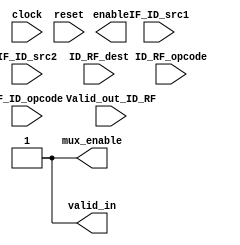
module load_RAW(IF_ID_src1,
IF_ID_src2,
ID_RF_opcode,
IF_ID_opcode,
ID_RF_dest,mux_enable,valid_in,
Valid_out_ID_RF,enable,
clock,
reset);


output reg  mux_enable;
output reg valid_in;
output reg enable;

input [2:0] IF_ID_src1, IF_ID_src2;
input [2:0] ID_RF_dest;
input [3:0] ID_RF_opcode, IF_ID_opcode;
input Valid_out_ID_RF;
input clock,reset;

always @(IF_ID_src1, IF_ID_src2, ID_RF_dest, ID_RF_opcode, IF_ID_opcode, 
Valid_out_ID_RF)

begin
case(ID_RF_opcode)
0100://LW
begin
if(((IF_ID_src1 == ID_RF_dest)  || (IF_ID_src2 == ID_RF_dest)) && (IF_ID_opcode == 4'b0000 || IF_ID_opcode == 4'b0001 || IF_ID_opcode == 4'b0010 
			|| IF_ID_opcode == 4'b1000 ) && Valid_out_ID_RF) //checking load and next instruction dependency
			begin
				mux_enable = 1'b0;
				valid_in =1'b0;
			
			end
			else
			begin
				mux_enable = 1'b1;
				valid_in =1'b1;
				
			end
		end
default:
begin
mux_enable =2'b1;
valid_in =1'b1;
end

endcase
end
endmodule